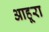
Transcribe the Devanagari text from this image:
आहूरा